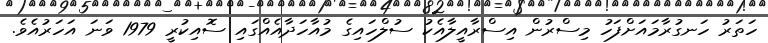
ހަތަރު ހަނގުރާމައަށްފަހު މިސްރުން އިސްރާއީލާއެކު ސުލްހައިގެ މުއާހަދާއެއްގައި ސޮއިކުރީ 1979 ވަނަ އަހަރުއެވެ.